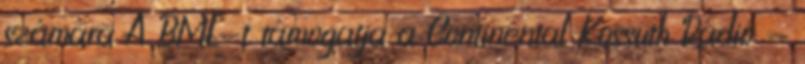
számára A BME-t támogatja a Continental Kossuth Rádió -